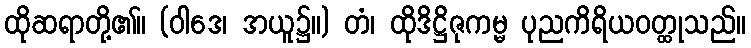
ထိုဆရာတို့၏။ (ဝါဒေ၊ အယူ၌။) တံ၊ ထိုဒိဋ္ဌိဇုကမ္မ ပုညကိရိယဝတ္ထုသည်။